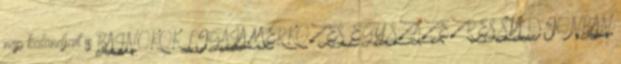
nap kalandjait is BAJNOKOK LIGÁJA MÉRKŐZÉS EGY SZÁZEZRES STADIONBAN